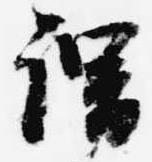
謂